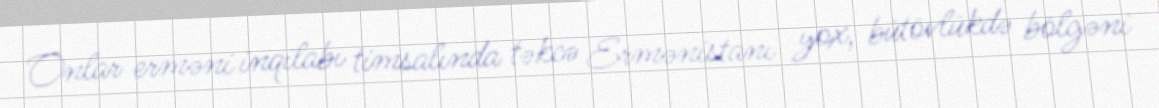
Onlar erməni inqilabı timsalında təkcə Ermənistanı yox, bütövlükdə bölgəni